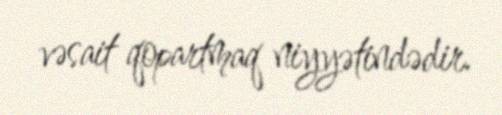
vəsait qopartmaq niyyətindədir.